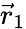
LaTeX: \vec{r}_{1}